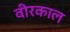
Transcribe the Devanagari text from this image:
वीरकाल